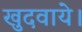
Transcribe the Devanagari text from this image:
खुदवाये।